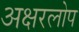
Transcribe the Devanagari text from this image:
अक्षरलोप